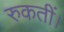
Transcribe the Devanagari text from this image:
रुकतीं।